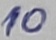
Text: 10